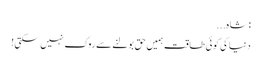
: شاہ...
دنیا کی کوئی طاقت ہمیں حق بولنے سے روک نہیں سکتی!